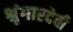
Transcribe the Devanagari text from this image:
श्रृंगारदेवी